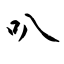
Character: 叭